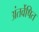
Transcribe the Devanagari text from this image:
अंतर्वेषित